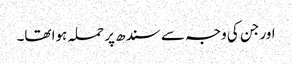
اور جن کی وجہ سے سندھ پر حملہ ہوا تھا۔